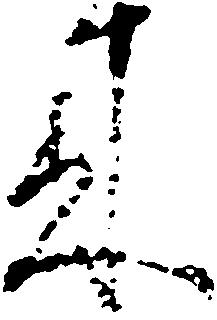
来